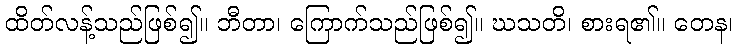
ထိတ်လန့်သည်ဖြစ်၍။ ဘီတာ၊ ကြောက်သည်ဖြစ်၍။ ဃသတိ၊ စားရ၏။ တေန၊